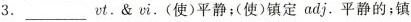
3.___ vt.&vi.(使)平静；(使)镇定adj.平静的；镇